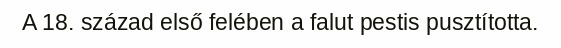
A 18. század első felében a falut pestis pusztította.